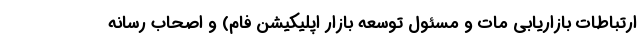
ارتباطات بازاریابی مات و مسئول توسعه بازار اپلیکیشن فام) و اصحاب رسانه